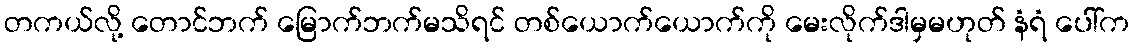
တကယ်လို့ တောင်ဘက် မြောက်ဘက်မသိရင် တစ်ယောက်ယောက်ကို မေးလိုက်ဒါမှမဟုတ် နံရံ ပေါ်က